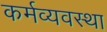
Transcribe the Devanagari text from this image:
कर्मव्यवस्था